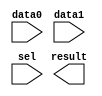
module mux2 (
	data0,
	data1,
	sel,
	result);

	input	  data0;
	input	  data1;
	input	  sel;
	output	  result;

endmodule